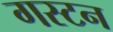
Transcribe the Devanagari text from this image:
गस्टन